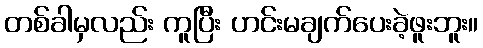
တစ်ခါမှလည်း ကူပြီး ဟင်းမချက်ပေးခဲ့ဖူးဘူး။